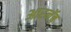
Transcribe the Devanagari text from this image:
आरनॅब